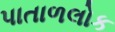
પાતાળલોક